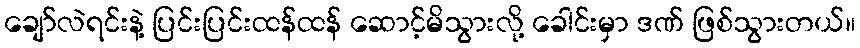
ချော်လဲရင်းနဲ့ ပြင်းပြင်းထန်ထန် ဆောင့်မိသွားလို့ ခေါင်းမှာ ဒဏ် ဖြစ်သွားတယ်။